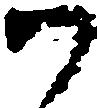
尉